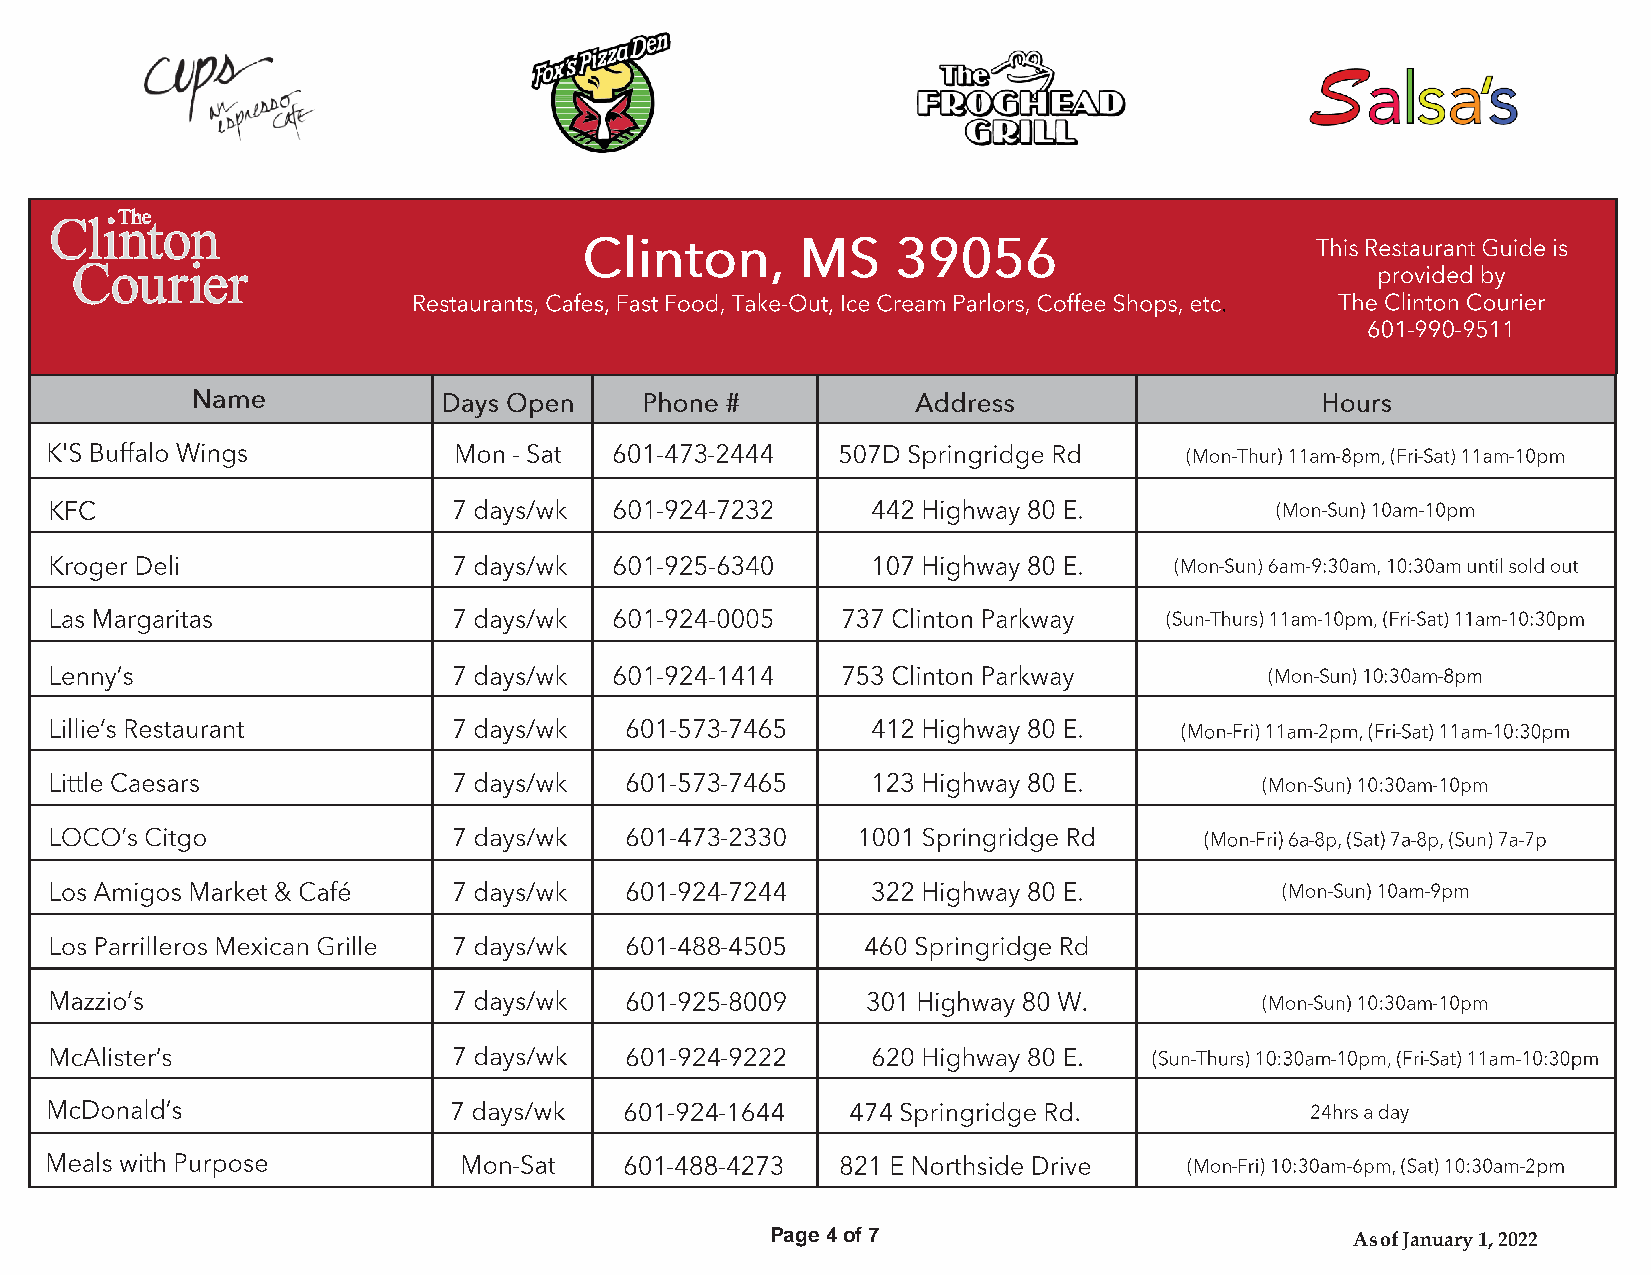
Page 4 of 7                            As of January 1, 2022